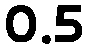
0.5